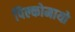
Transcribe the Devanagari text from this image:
पिल्कोमायो